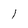
Character: 1